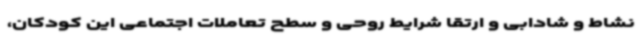
نشاط و شادابی و ارتقا شرایط روحی و سطح تعاملات اجتماعی این کودکان،